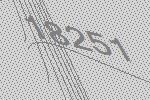
18251